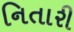
નિતારી